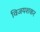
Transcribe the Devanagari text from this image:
विजयशकर